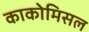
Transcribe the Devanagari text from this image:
काकोमिसल